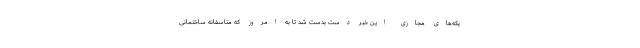
بکه‌های مجازی این خبر دست بدست شد تا به امروز که متاسفانه ساختمانی